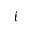
i